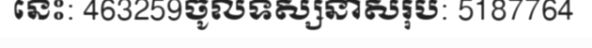
នេះ: 463259ចូលទស្សនាសរុប: 5187764